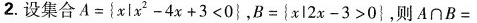
2. 设集合 $$A = { x l x ^ { 2 } - 4 x + 3 < 0 }$$，$$B = { x l 2 x - 3 > 0 }$$，则$$A \cap B=$$